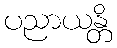
ပညာယန္တိ